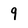
Character: 9